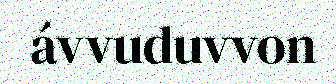
ávvuduvvon